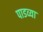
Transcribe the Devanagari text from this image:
पाडव्या